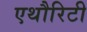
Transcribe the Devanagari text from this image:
एथौरिटी